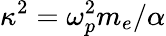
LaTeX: \kappa^{2}=\omega_{p}^{2}m_{e}/\alpha